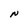
Character: N